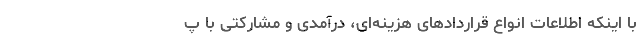
با اینکه اطلاعات انواع قراردادهای هزینه‌ای، درآمدی و مشارکتی با پ